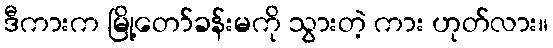
ဒီကားက မြို့တော်ခန်းမကို သွားတဲ့ ကား ဟုတ်လား။